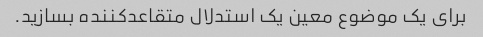
برای یک موضوع معین یک استدلال متقاعدکننده بسازید.